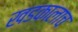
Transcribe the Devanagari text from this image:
खडकालाच